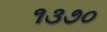
૧૩૭૦